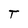
Character: T